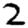
Digit: 2